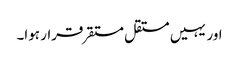
اور یہیں مستقل مستقر قرار ہوا۔